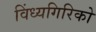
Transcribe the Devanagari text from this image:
विंध्यगिरिको